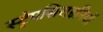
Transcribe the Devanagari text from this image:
स्ट्रेपसिराइनियों